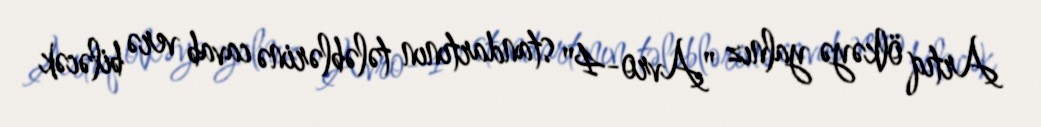
Artıq ölkəyə yalnız "Avro-4" standartının tələblərinə cavab verə biləcək